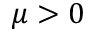
\mu > 0